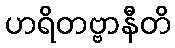
ဟရိတဗ္ဗာနီတိ